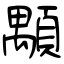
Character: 顒